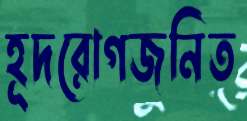
হূদরোগজনিত